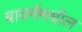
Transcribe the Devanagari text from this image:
बायर्नमधील